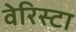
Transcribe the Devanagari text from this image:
वेरिस्टा